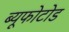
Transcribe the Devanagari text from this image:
ब्यूफोटोड